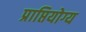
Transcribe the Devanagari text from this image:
प्राप्तियोग्य